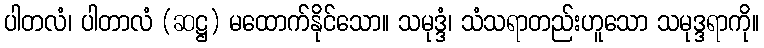
ပါတလံ၊ ပါတာလံ (ဆဋ္ဌ) မထောက်နိုင်သော။ သမုဒ္ဒံ၊ သံသရာတည်းဟူသော သမုဒ္ဒရာကို။